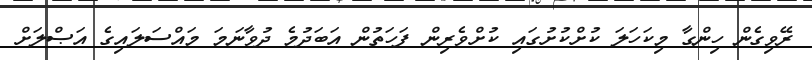
ރޭވިގެން ހިންގާ މިކަހަލަ ކުށްކުށުގައި ކުށްވެރިން ފަހަތުން އަބަދުމެ ދުވާނަމަ މައްސަލައިގެ އަޞްލަށް